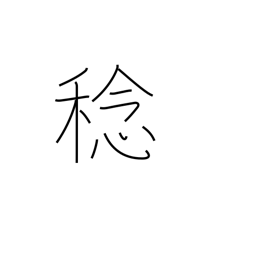
Meaning: harvest